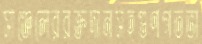
সাঞ্জেলেররক্তদানসহগুণগতভা